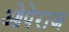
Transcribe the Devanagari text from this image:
ओपेराज